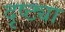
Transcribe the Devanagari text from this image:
दृष्‍ट्या